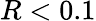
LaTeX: R<0.1